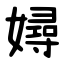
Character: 㜦